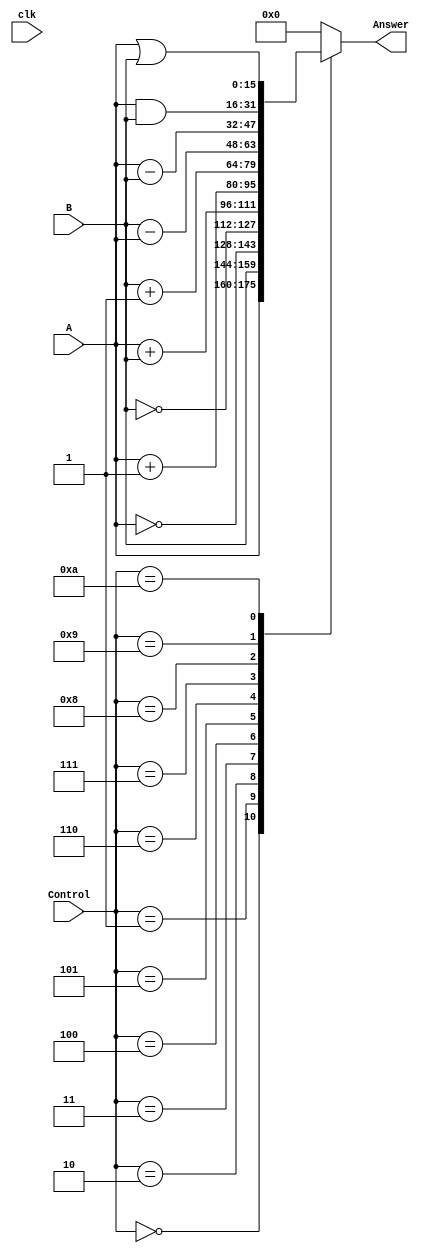
`timescale 1ns / 1ps
//////////////////////////////////////////////////////////////////////////////////
// Company: 
// Engineer: 
// 
// Design Name: 
// Module Name: ALU
// Project Name: 
// Target Devices: 
// Tool Versions: 
// Description: 
// 
// Dependencies: 
// 
// Revision:
// Revision 0.01 - File Created
// Additional Comments:
// 
//////////////////////////////////////////////////////////////////////////////////


module ALU(
    input clk,
	input wire [15:0] A,
	input wire [15:0] B,
	input wire [3:0] Control,
	output reg [15:0] Answer
    );
    
    always@(*)	begin
    //|Control is {F0 F1 ENA ENB INVA INC}
        case (Control)
            4'b0000: Answer = A;
            
            4'b0001: Answer = B;
            
            4'b0010: Answer = ~A;
            
            4'b0011: Answer = ~B;
            
            4'b0100: Answer = A+B;
            
            4'b0101: Answer = A + 1;
            
            4'b0110: Answer = B + 1;
            
            4'b0111: Answer = B - A;
            
            4'b1000: Answer = A - B;
            
            4'b1001: Answer = A & B;
            
            4'b1010: Answer = A | B;
            
            default: Answer = 16'd0;
            
        endcase
   end 
endmodule